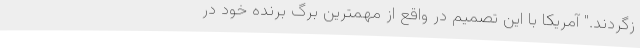
زگردند." آمریکا با این تصمیم در واقع از مهمترین برگ برنده خود در